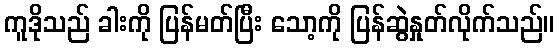
ကူဒိုသည် ခါးကို ပြန်မတ်ပြီး သော့ကို ပြန်ဆွဲနှုတ်လိုက်သည်။